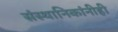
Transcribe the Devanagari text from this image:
संस्थानिकांनीही